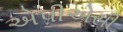
એપીએસી